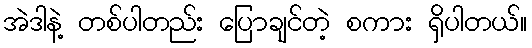
အဲဒါနဲ့ တစ်ပါတည်း ပြောချင်တဲ့ စကား ရှိပါတယ်။